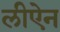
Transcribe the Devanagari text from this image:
लीऐन